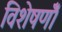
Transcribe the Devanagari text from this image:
विशेषणोँ